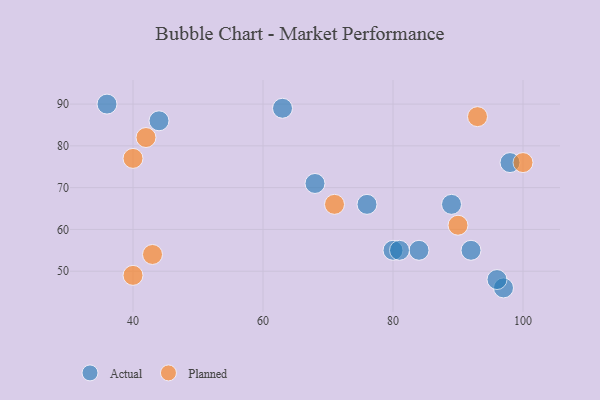
{"axis": {"x": "GDP", "y": "Life Expectancy"}, "legend": ["Actual", "Planned"], "data": [{"x": "97", "y": 46, "type": "Actual"}, {"x": "36", "y": 90, "type": "Actual"}, {"x": "96", "y": 48, "type": "Actual"}, {"x": "44", "y": 86, "type": "Actual"}, {"x": "76", "y": 66, "type": "Actual"}, {"x": "92", "y": 55, "type": "Actual"}, {"x": "89", "y": 66, "type": "Actual"}, {"x": "84", "y": 55, "type": "Actual"}, {"x": "63", "y": 89, "type": "Actual"}, {"x": "80", "y": 55, "type": "Actual"}, {"x": "81", "y": 55, "type": "Actual"}, {"x": "98", "y": 76, "type": "Actual"}, {"x": "68", "y": 71, "type": "Actual"}, {"x": "93", "y": 87, "type": "Planned"}, {"x": "42", "y": 82, "type": "Planned"}, {"x": "40", "y": 49, "type": "Planned"}, {"x": "71", "y": 66, "type": "Planned"}, {"x": "40", "y": 77, "type": "Planned"}, {"x": "43", "y": 54, "type": "Planned"}, {"x": "100", "y": 76, "type": "Planned"}, {"x": "90", "y": 61, "type": "Planned"}]}